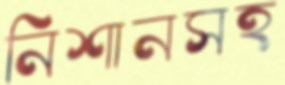
নিশানসহ